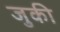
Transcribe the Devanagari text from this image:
जुकी